Scientific memoirs by medical officers of the Army of India - Part X,
Year: 1897
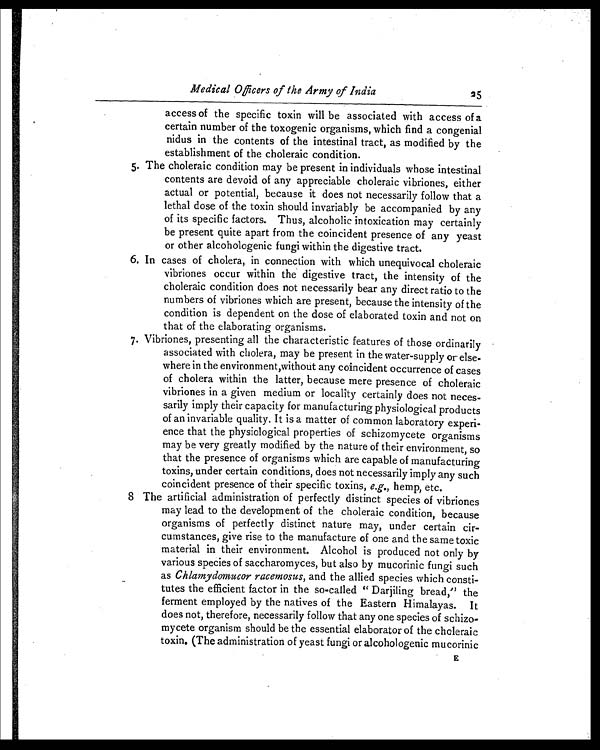
Medical Officers of the Army of India
25
access of the specific toxin will be associated with access of a
certain number of the toxogenic organisms, which find a congenial
nidus in the contents of the intestinal tract, as modified by the
establishment of the choleraic condition.
5. The choleraic condition may be present in individuals whose intestinal
contents are devoid of any appreciable choleraic vibriones, either
actual or potential, because it does not necessarily follow that a
lethal dose of the toxin should invariably be accompanied by any
of its specific factors. Thus, alcoholic intoxication may certainly
be present quite apart from the coincident presence of any yeast
or other alcohologenic fungi within the digestive tract.
6. In cases of cholera, in connection with which unequivocal choleraic
vibriones occur within the digestive tract, the intensity of the
choleraic condition does not necessarily bear any direct ratio to the
numbers of vibriones which are present, because the intensity of the
condition is dependent on the dose of elaborated toxin and not on
that of the elaborating organisms.
7. Vibriones, presenting all the characteristic features of those ordinarily
associated with cholera, may be present in the water-supply or else-
where in the environment,without any coincident occurrence of cases
of cholera within the latter, because mere presence of choleraic
vibriones in a given medium or locality certainly does not neces-
sarily imply their capacity for manufacturing physiological products
of an invariable quality. It is a matter of common laboratory experi-
ence that the physiological properties of schizomycete organisms
may be very greatly modified by the nature of their environment, so
that the presence of organisms which are capable of manufacturing
toxins, under certain conditions, does not necessarily imply any such
coincident presence of their specific toxins, e.g., hemp, etc.
8 The artificial administration of perfectly distinct species of vibriones
may lead to the development of the choleraic condition, because
organisms of perfectly distinct nature may, under certain cir-
cumstances, give rise to the manufacture of one and the same toxic
material in their environment. Alcohol is produced not only by
various species of saccharomyces, but also by mucorinic fungi such
as Chlamydomucor racemosus, and the allied species which consti-
tutes the efficient factor in the so-called " Darjiling bread," the
ferment employed by the natives of the Eastern Himalayas. It
does not, therefore, necessarily follow that any one species of schizo-
mycete organism should be the essential elaborator of the choleraic
toxin. (The administration of yeast fungi or alcohologenic mucorinic E